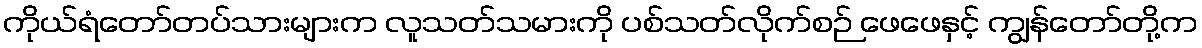
ကိုယ်ရံတော်တပ်သားများက လူသတ်သမားကို ပစ်သတ်လိုက်စဉ် ဖေဖေနှင့် ကျွန်တော်တို့က